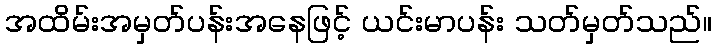
အထိမ်းအမှတ်ပန်းအနေဖြင့် ယင်းမာပန်း သတ်မှတ်သည်။